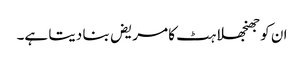
ان کو جھنجھلاہٹ کا مریض بنا دیتا ہے۔